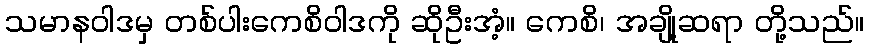
သမာနဝါဒမှ တစ်ပါးကေစိဝါဒကို ဆိုဦးအံ့။ ကေစိ၊ အချို့ဆရာ တို့သည်။